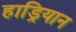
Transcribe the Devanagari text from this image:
हाड्रियान